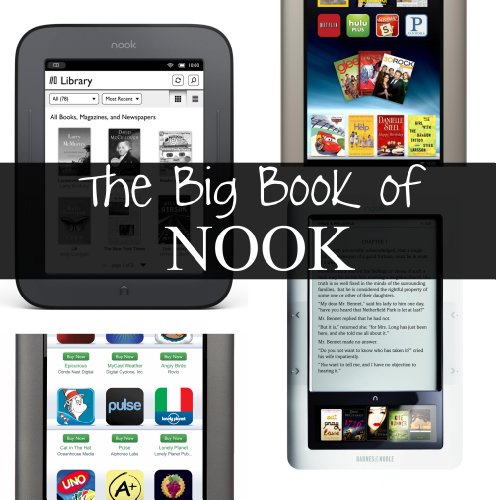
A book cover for The Big Book of Nook: Handbooks Covering the Nook Tablet, Nook Color, and Nook Simple Touch; Minute Help Guides; Computers & Technology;